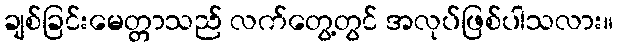
ချစ်ခြင်းမေတ္တာသည် လက်တွေ့တွင် အလုပ်ဖြစ်ပါသလား။